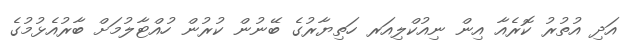
އަދި އުތުރު ކޮރެއާ އިން ނިއުކްލިއަރ ހަތިޔާރުގެ ބޭނުން ކުރުން ހުއްޓާލުމަށް ބާރުއެޅުމުގެ